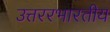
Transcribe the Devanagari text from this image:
उत्तररभारतीय